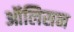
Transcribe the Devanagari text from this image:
ऑलिसन